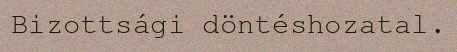
Bizottsági döntéshozatal.